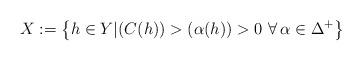
LaTeX: \begin{align*}X:=\left\{ h\in Y| (C(h))>(\alpha(h))>0 \ \forall \,\alpha \in \Delta^+\right\}\end{align*}